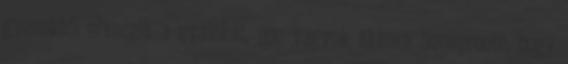
gyerektől elveszik a nyalókát. nos vagyok akkora ünneprontó, hogy